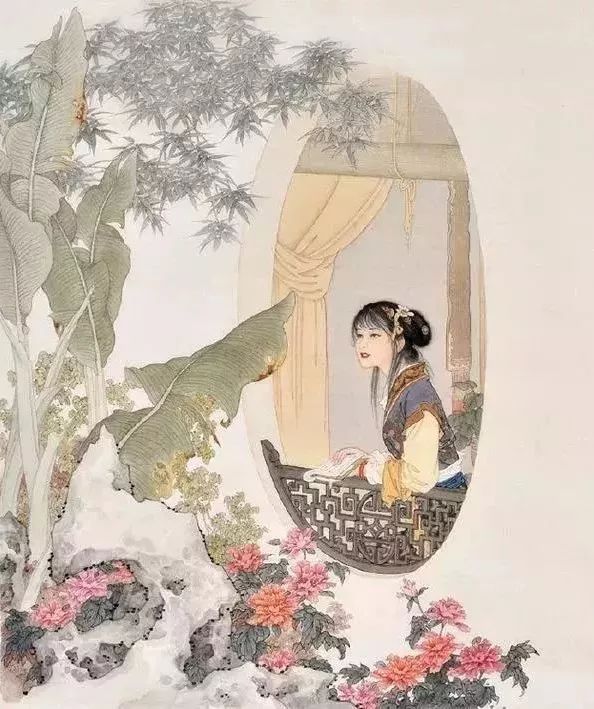
日高烟敛，更看今日晴未。